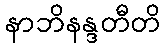
နာဘိနန္ဒတီတိ